Vaccination in Burma 1920-1933 - 1920-1933
Year: 1920
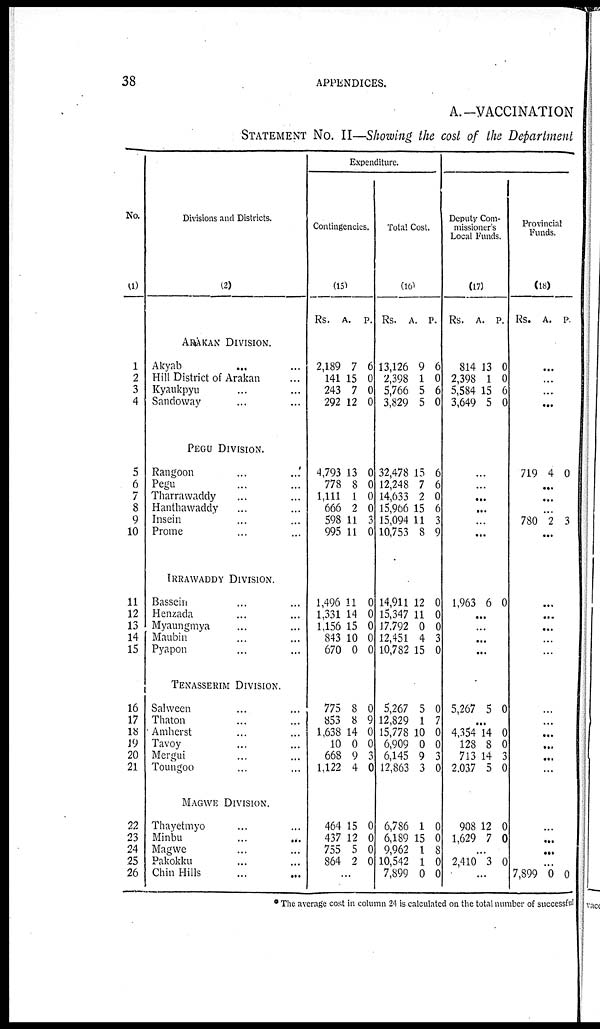
38
APPENDICES.
A.—VACCINATION
STATEMENT NO. II—Showing the cost of the Department
No.
(1)
1
2
3
4
5
6
7
8
9
10
11
12
13
14
15
16
17
18
19
20
21
22
23
24
25
26
Divisions and Districts.
(2)
ARAKAN DIVISION.
Akyab ... ...
Hill District of Arakan ...
Kyaukpyu ... ...
Sandoway ... ...
PEGU DIVISION.
Rangoon ... ...
Pegu ... ...
Tharrawaddy ... ...
Hanthawaddy ... ...
Insein ... ...
Prome ... ...
IRRAWADDY DIVISION.
Bassein ... ...
Henzada ... ...
Myaungmya ... ...
Maubin ... ...
Pyapon ... ...
TENASSERIM DIVISION.
Salween ... ...
Thaton ... ...
Amherst ... ...
Tavoy ... ...
Mergui ... ...
Toungoo ... ...
MAGWE DIVISION.
Thayetmyo ... ...
Minbu ... ...
Magwe ... ...
Pakokku ... ...
Chin Hills ... ...
Expenditure.
Contingencies.
(15)
Rs.
A.
P.
2,189
141
243
292
7
15
7
12
6
0
0
0
1,793
778
1,111
666
598
995
13
8
1
2
11
11
0
0
0
0
3
0
1,496
1,331
1,156
843
670
11
14
15
10
0
0
0
0
0
0
775
853
1,638
10
668
1,122
8
8
14
0
9
4
0
9
0
0
3
0
464
437
755
864
15
12
5
2
0
0
0
0
...
Total Cost.
(16)
Rs.
A. P.
13,126
2,398
5,766
3,829
9
1
5
5
6
0
6
0
32,478
12,248
14,633
15,966
15,094
10,753
15
7
2
15
11
8
6
6
0
6
3
9
14,911
15,347
17,792
12,451
10,782
12
11
0
4
15
0
0
0
3
0
5,267
12,829
15,778
6,909
6,145
12,863
5
1
10
0
9
3
0
7
0
0
3
0
6,786
6,189
9,962
10,542
7,899
1
15
1
1
0
0
0
8
0
0
Deputy Com-
missioner's
Local Funds.
(17)
Rs.
A. P.
814
2,398
5,584
3,649
13
1
15
5
0
0
6
0
...
...
...
...
...
...
1,963 6 0
...
...
...
...
5,267 5 0
...
4,354
128
713
2,037
14
8
14
5
0
0
3
0
908
1,629
12
7
0
0
...
2,410 3 0
...
Provincial
Funds.
(18)
Rs. A. P.
...
...
...
...
719 4 0
...
...
...
780 2 3
...
...
...
...
...
...
...
...
...
...
...
...
...
...
...
...
7,899 0 0
* The average cost in column 24 is calculated on the total number of successful